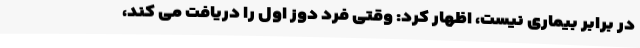
در برابر بیماری نیست، اظهار کرد: وقتی فرد دوز اول را دریافت می کند،